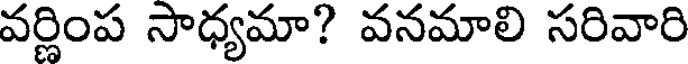
వర్ణింప సాధ్యమా? వనమాలి సరివారి